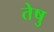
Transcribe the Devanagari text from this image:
तेषु